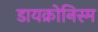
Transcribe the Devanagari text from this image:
डायक्रोनिस्म